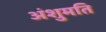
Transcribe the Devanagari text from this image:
अंशुमति